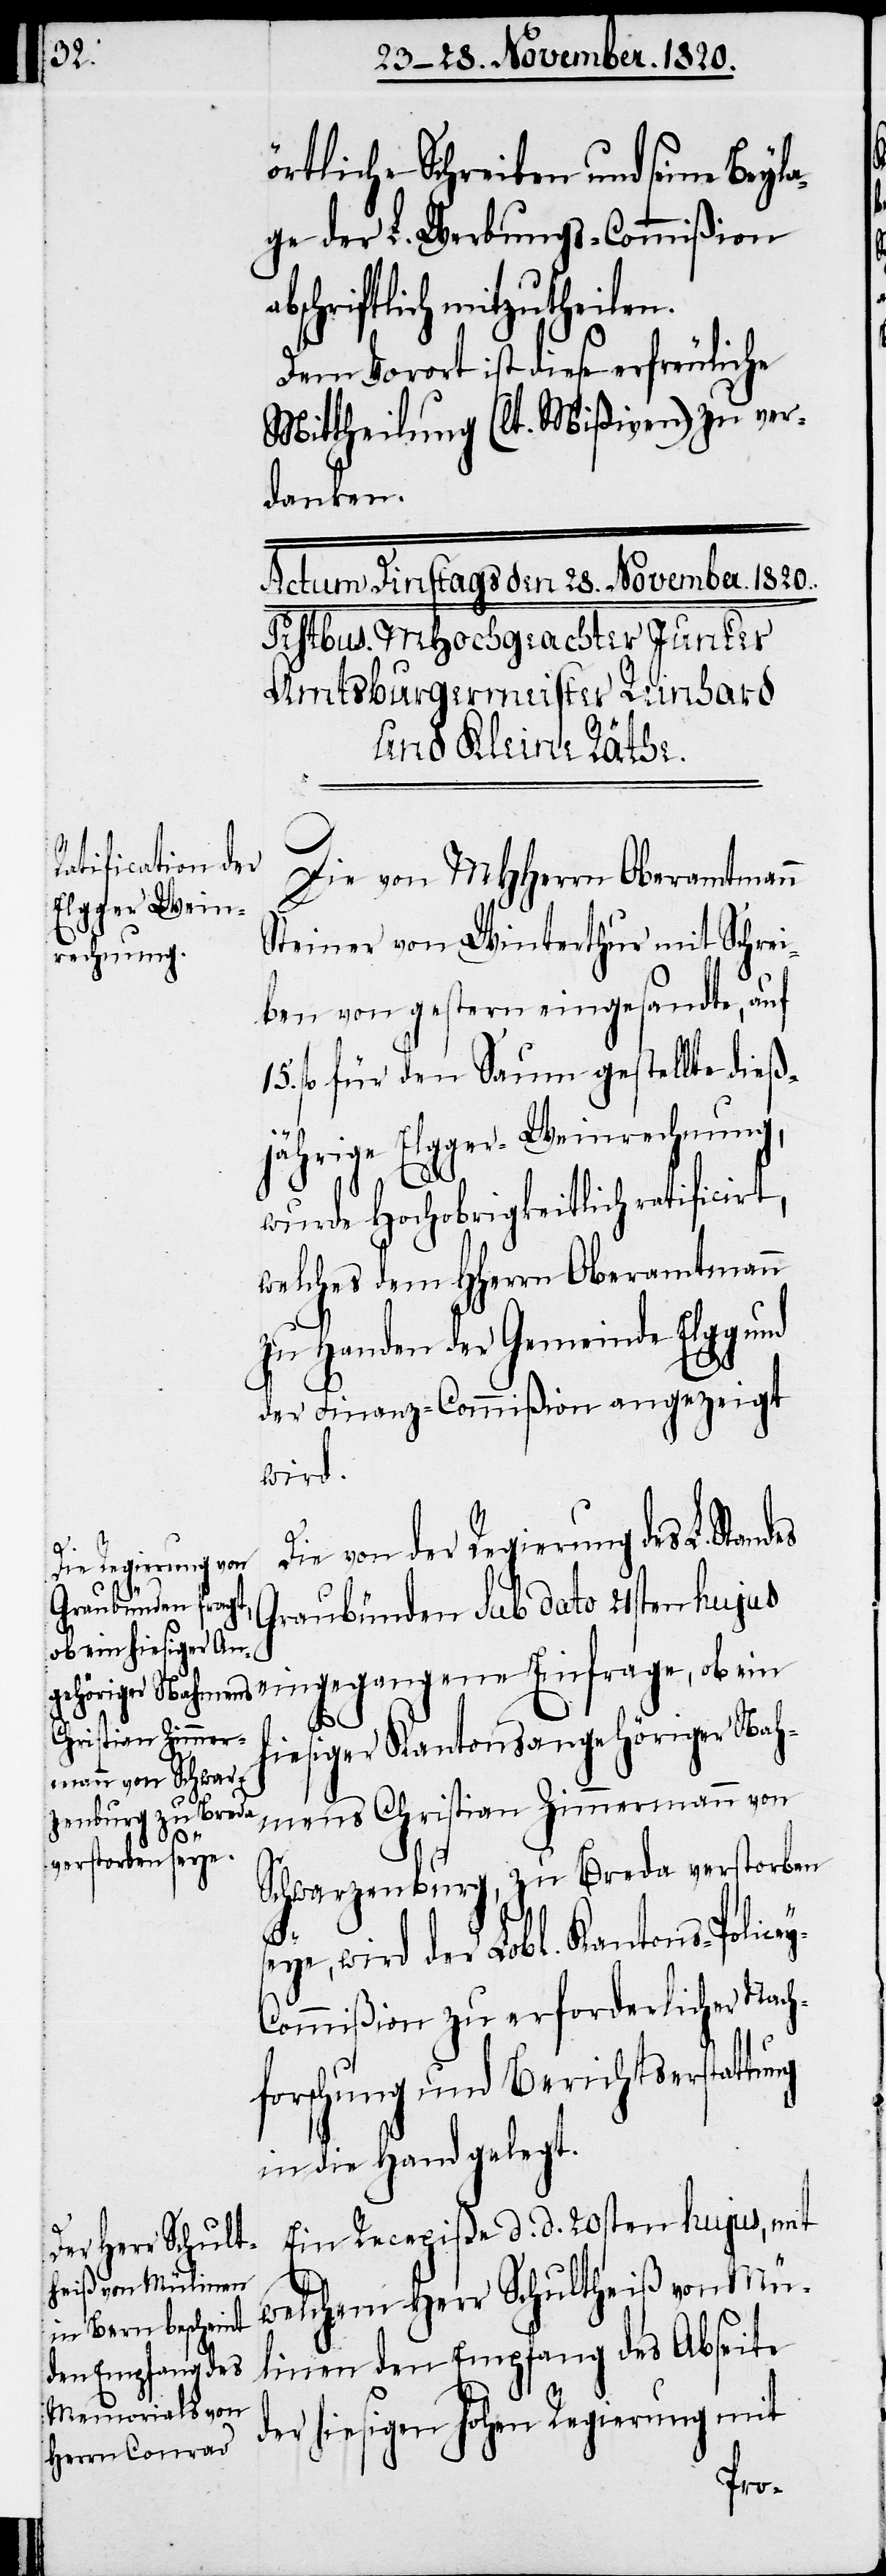
örtliche Schreiben und seine Beyla¬
ge der L. Werbungs-Commißion
abschriftlich mitzutheilen.
Dem Vorort ist diese erfreuliche
Mittheilung (lt. Mißiven) zu ver¬
danken.
Die von MHHerrn Oberamtmann
Steiner von Winterthur mit Schrei¬
ben von gestern eingesandte, auf
fl. für den Saum gestellte dieß¬
jährige Elgger-Weinrechnung,
wurde Hochobrigkeitlich ratificirt,
welches dem HHerrn Oberamtmann
zu Handen der Gemeinde Elgg
der Finanz-Commißion angezeigt
wird.
Die von der Regierung des L. Stan¬
hen Regierung mit
Graubünden sub dato 21sten hujus
eingegangene Einfrage, ob ein
ho¬
hiesiger Kantonsangehöriger Nah¬
mens Christian Zimmermann von
Schwarzenburg, zu Breda verstorben
seye, wird der Lobl. Kantons-Police¬
ommißion zu erforderlicher Nach¬
forschung und Berichtserstattung
in die Hand gelegt.
Ein Recepiße d. d. 20sten hujus, mit
welchem Herr Schultheiß von Mü¬
linen den Empfang des Abseite